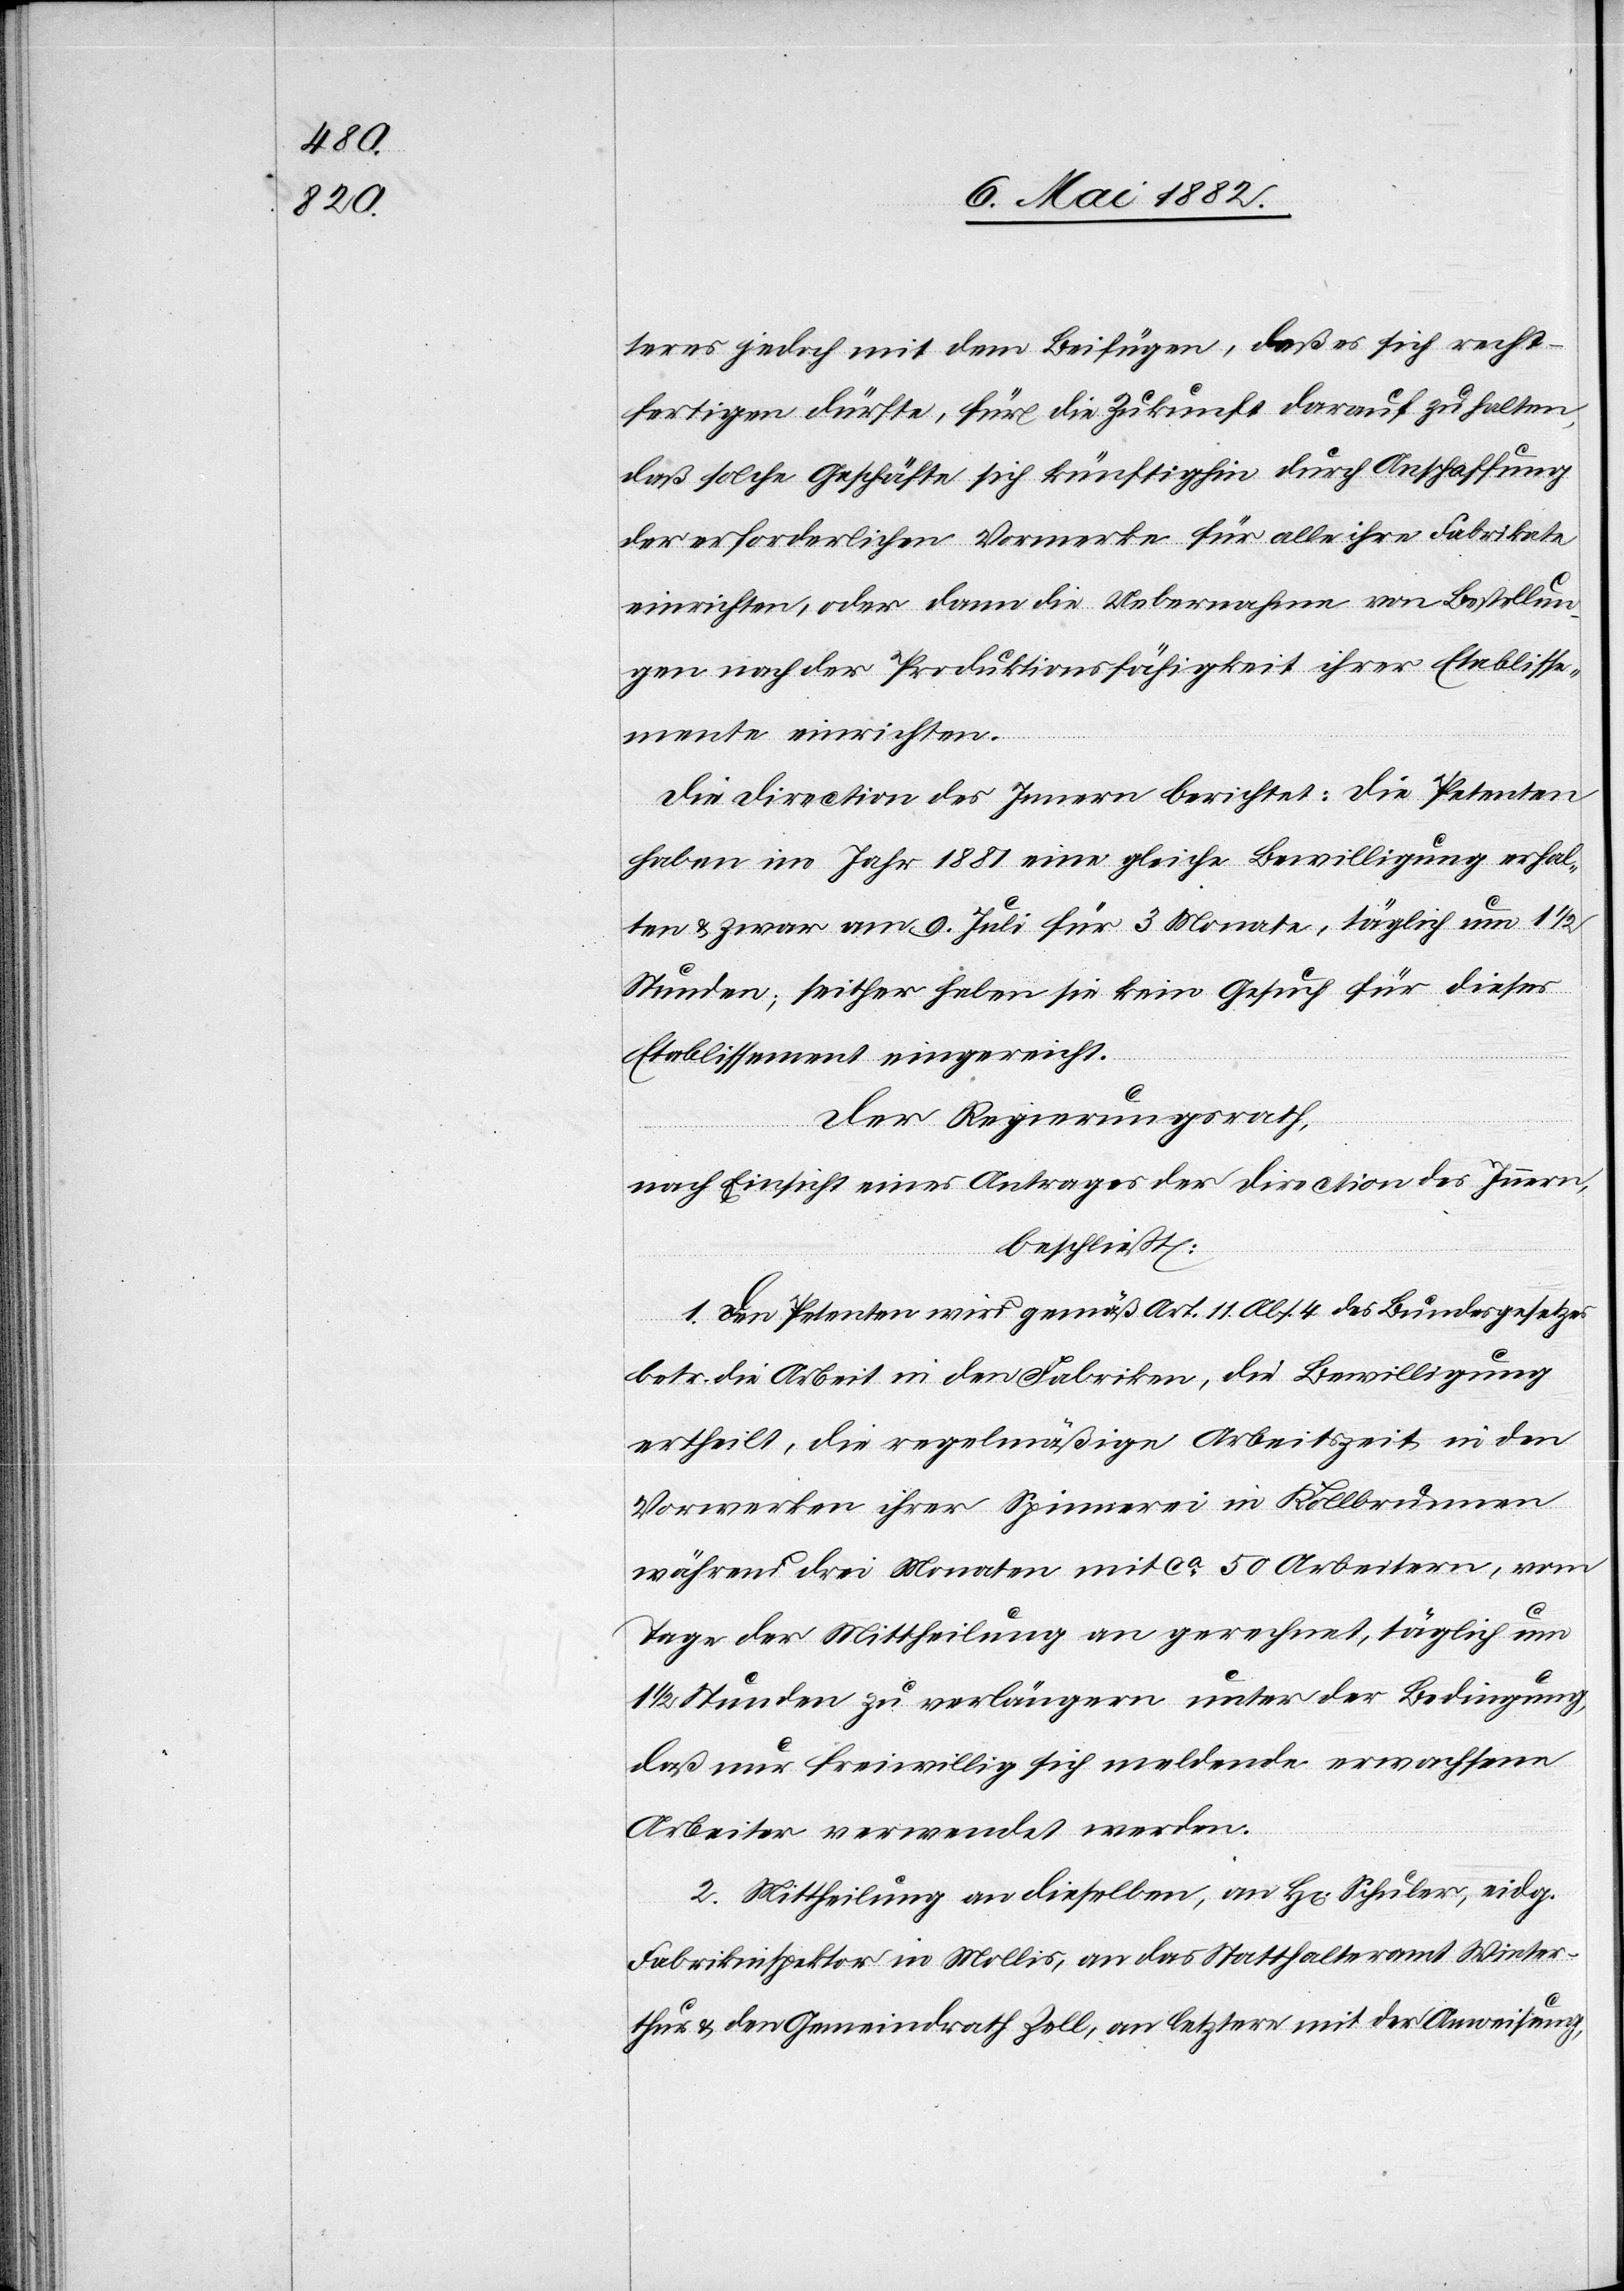
teres jedoch mit dem Beifügen, daß es sich recht¬
fertigen dürfte, für die Zukunft darauf zu halten,
daß solche Geschäfte sich künftighin durch Anschaffung
der erforderlichen Vormerke [recte: Vorwerke] für alle ihre Fabrikate
einrichten, oder dann die Uebernahme von Bestellun¬
gen nach der Produktionsfähigkeit ihrer Etablisse¬
mente einrichten.
Die Direction des Innern berichtet: Die Petenten
haben im Jahr 1881 eine gleiche Bewilligung erhal¬
ten & zwar am 9. Juli für 3 Monate, täglich um 1 1/2
Stunden; seither haben sie kein Gesuch für dieses
Etablissement eingereicht.
Der Regierungsrath,
nach Einsicht eines Antrages der Direction des Innern,
beschließt:
1. Den Petenten wird gemäß Art. 11 Abs. 4 des Bundesgesetzes
betr. die Arbeit in den Fabriken, die Bewilligung
ertheilt, die regelmäßige Arbeitszeit in den
Vorwerken ihrer Spinnerei in Kollbrunnen
während drei Monaten mit ca 50 Arbeitern, vom
Tage der Mittheilung an gerechnet, täglich um
1/2 Stunden zu verlängern unter der Bedingung,
daß nur freiwillig sich meldende erwachsene
Arbeiter verwendet werden.
2. Mittheilung an dieselben, an H[rn]. Schuler, eidg.
Fabrikinspektor in Mollis, an das Statthalteramt Winter¬
thur & den Gemeindrath Zell, an letztere mit der Anweisung,